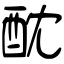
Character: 酖